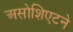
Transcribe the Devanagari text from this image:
असोशिएटने